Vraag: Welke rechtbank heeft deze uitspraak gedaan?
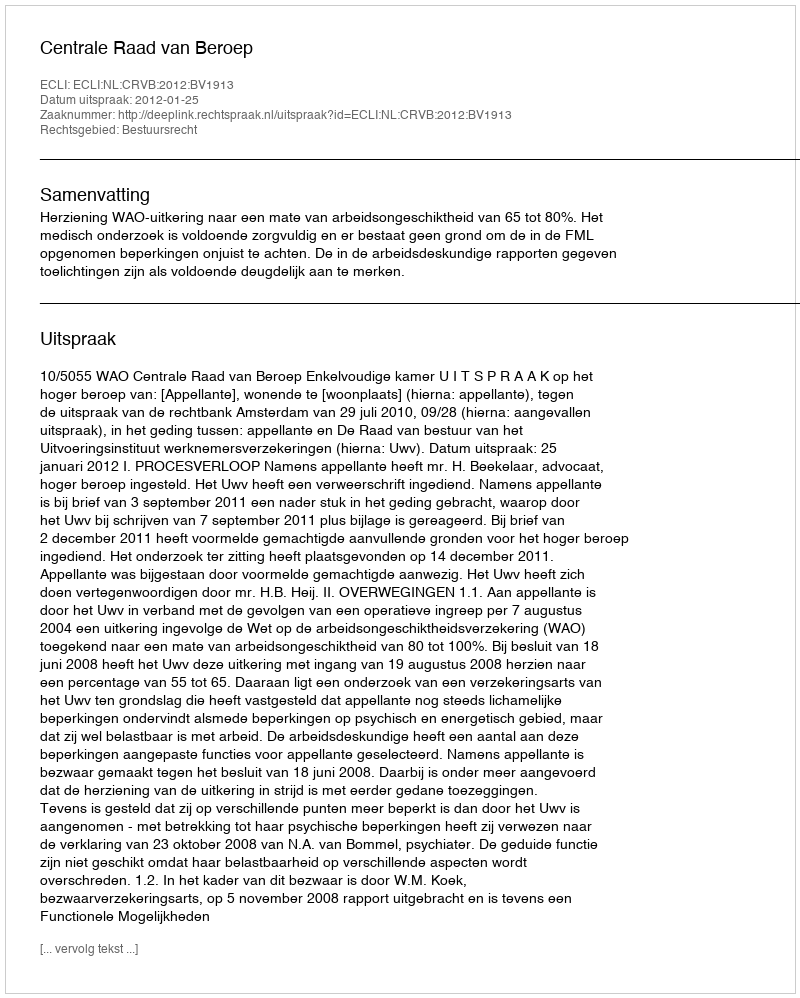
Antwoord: Centrale Raad van Beroep